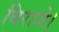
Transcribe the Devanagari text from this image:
बिराजे।